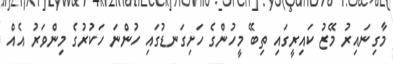
މާގިނައިރު މޭޒު ކައިރީގައި ތިބޭ މީހުންގެ ހަށިގަނޑުގައި ހުންނަ ހަކުރުގެ މިންވަރު އެއް